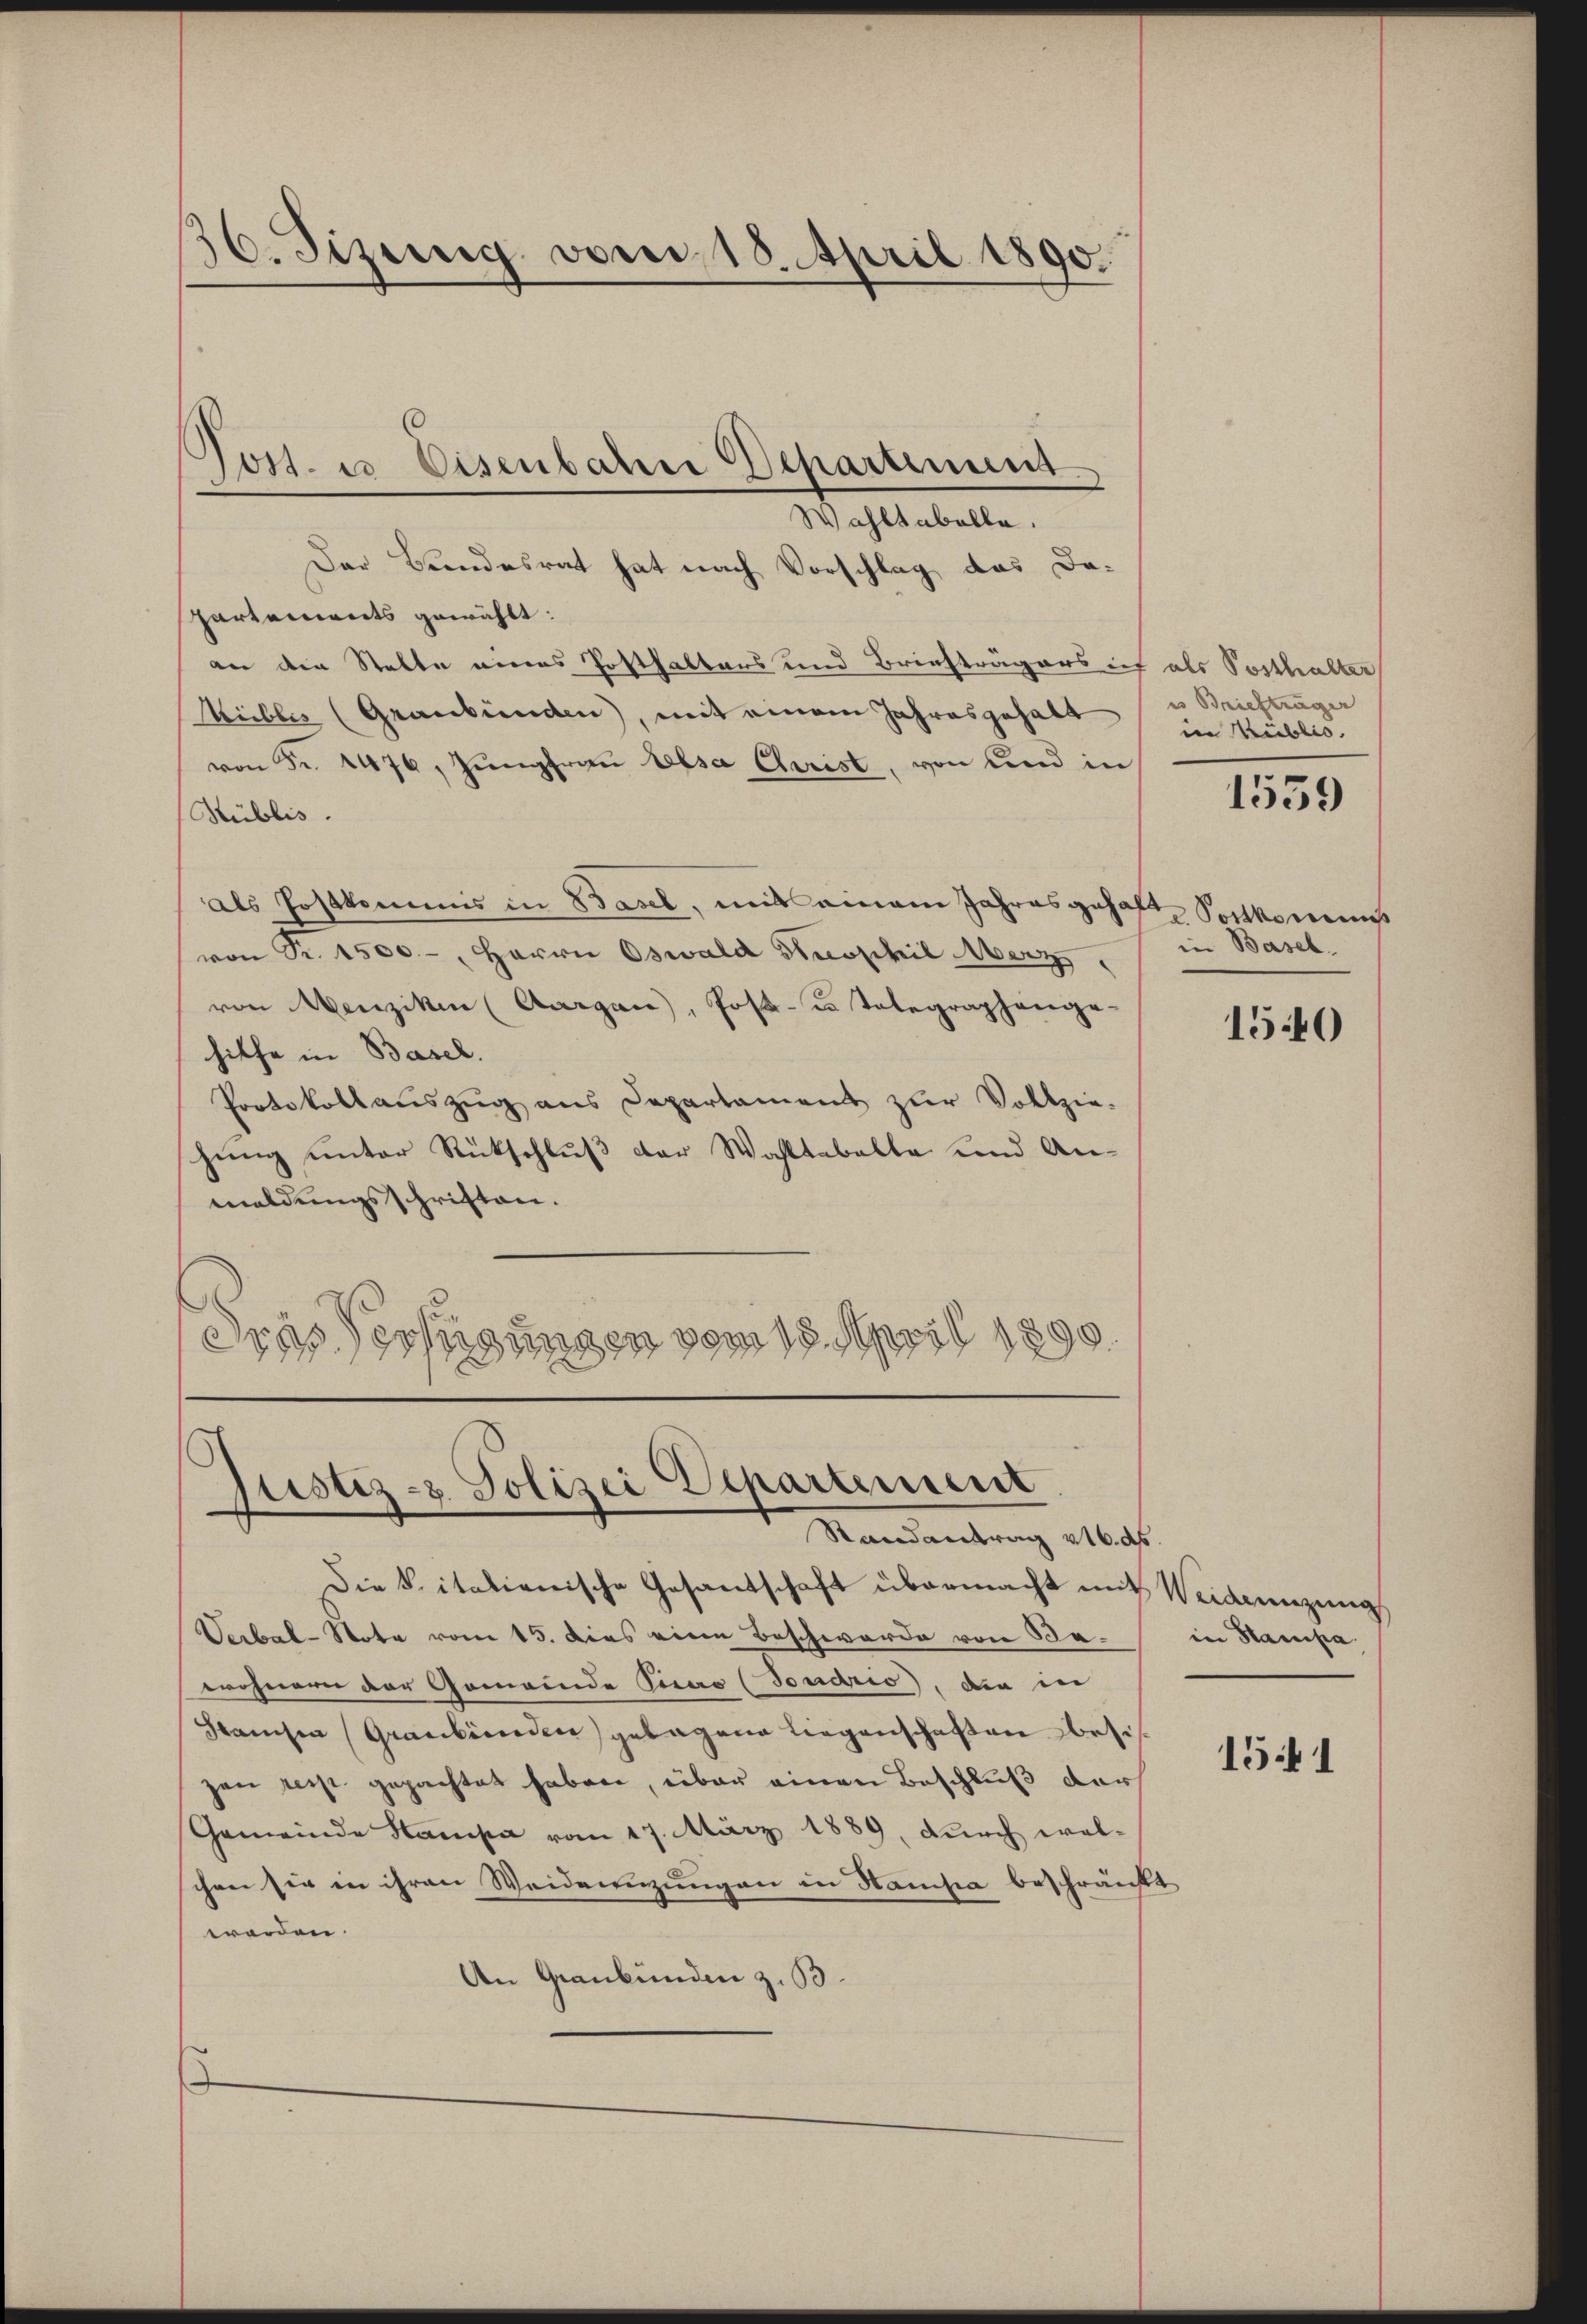
36. Fizung vorer, 18. April 1890.

Wahltabelle.
Der Bundesrat hat nach Vorschlag das Dapartements gewählt:
an die Statte eines Posthalters und Briefträgers ich als Posthalter
Kübles (Graubünden), mit einem Jahresgehalt
von Fr. 1476, Jŭngfraŭ Elsa Christ, von und in
Hüblis.
als Postkommis in Basel, mit einem Jahres gehalt
von Fr. 1500.-, Herrn Oswald Strophil Merz,
von Menziken (Aargau), Post- u. Telegraphenge-
hilfe in Basel.
Protokollauszug aus Departament zur Vollziehung unter Rückschluß der Wahltabelle und Anmaldungsschriften.
Sies Verfügungen vom 18. April 1890.

Jost. u Eisenbahrer Departement

Justiz- & Polizei Departement
Randantrag 216. ds.

Die Sitationische Gesantschaft übermacht mit Weidenzung
Verbal-Note vom 15. dies eine Beschwerde von Bewohnern der Gemeinde Seras (Toudrio, die in
Samchen (Graubünden gelagene liegenschaften besch
zen resp. gepachtet haben, über einen Beschluß darf
Gemeinde Stampa vom 17. März 1889, durch wel-
chen sie in ihren Weidenzungen in Hamisia beschränkt
worden.
An Graubünden z. B.

es Briefträger
in Kublic.

1539

Portkomms
in Basel.

1540

in Hampa

1541